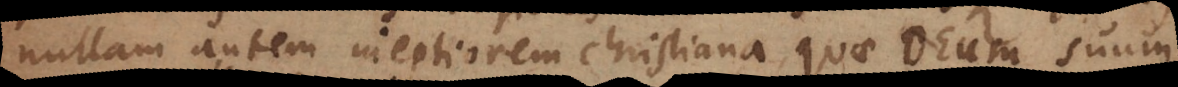
nullam autem ineptiorem Christiana quae Deum suum